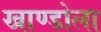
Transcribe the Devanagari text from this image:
खाण्डोला